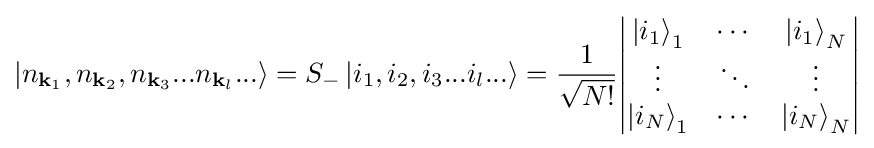
\left|n_{\mathbf {k} _{1}},n_{\mathbf {k} _{2}},n_{\mathbf {k} _{3}}...n_{\mathbf {k} _{l}}...\right\rangle =S_{-}\left|i_{1},i_{2},i_{3}...i_{l}...\right\rangle ={\frac {1}{\sqrt {N!}}}{\begin{vmatrix}\left|i_{1}\right\rangle _{1}&\cdots &\left|i_{1}\right\rangle _{N}\\\vdots &\ddots &\vdots \\\left|i_{N}\right\rangle _{1}&\cdots &\left|i_{N}\right\rangle _{N}\end{vmatrix}}